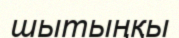
шытыңқы